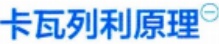
卡瓦列利原理